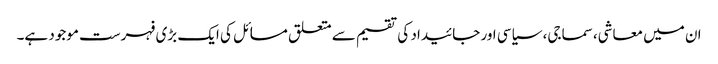
ان میں معاشی، سماجی، سیاسی اور جائیداد کی تقسیم سے متعلق مسائل کی ایک بڑی فہرست موجود ہے۔